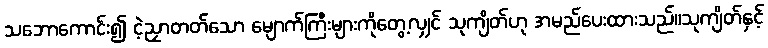
သဘောကောင်း၍ ငဲ့ညှာတတ်သော မျောက်ကြီးများကိုတွေ့လျှင် သုကျိတ်ဟု အမည်ပေးထားသည်။သုကျိတ်နှင့်